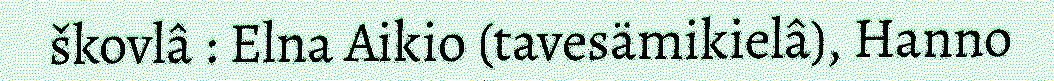
škovlâ : Elna Aikio (tavesämikielâ), Hanno